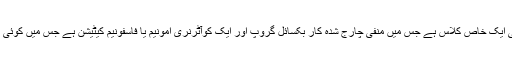
بیٹینس زویٹیرون کی ایک خاص کلاس ہے جس میں منفی چارج شدہ کار بکسائل گروپ اور ایک کوآٹرنری امونیم یا فاسفونیم کیٹیشن ہے جس میں کوئی ہائیڈروجن نہیں ہے۔